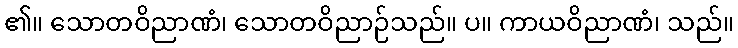
၏။ သောတဝိညာဏံ၊ သောတဝိညာဉ်သည်။ ပ။ ကာယဝိညာဏံ၊ သည်။